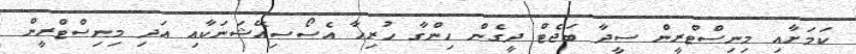
ކަމަށާއި މިނިސްޓްރީން ސީދާ ބަޖެޓް ދީގެން ހިންގާ ހުރިހާ އެސޯސިއޭޝަނަކާއި އަދި މިނިސްޓްރީން